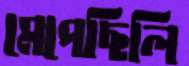
মেপেছিলি